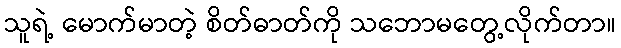
သူရဲ့ မောက်မာတဲ့ စိတ်ဓာတ်ကို သဘောမတွေ့လိုက်တာ။